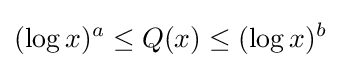
(\log x)^{a}\leq Q(x)\leq (\log x)^{b}